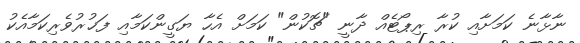
ނާޅާނެ ކަމަށާއި ކުރާ ރިޕޯޓެއް ދާނީ "ޗޮކުން" ކަމަށް އެހާ ޔަގީންކަމާއި ފަޚުރުވެރިކަމާއެކު